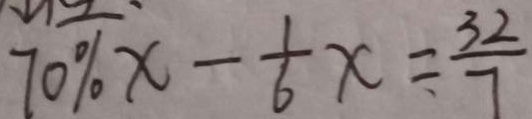
7 0 \% x - \frac { 1 } { 6 } x = \frac { 3 2 } { 7 }